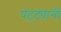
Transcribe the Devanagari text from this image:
पट्ट्यानी